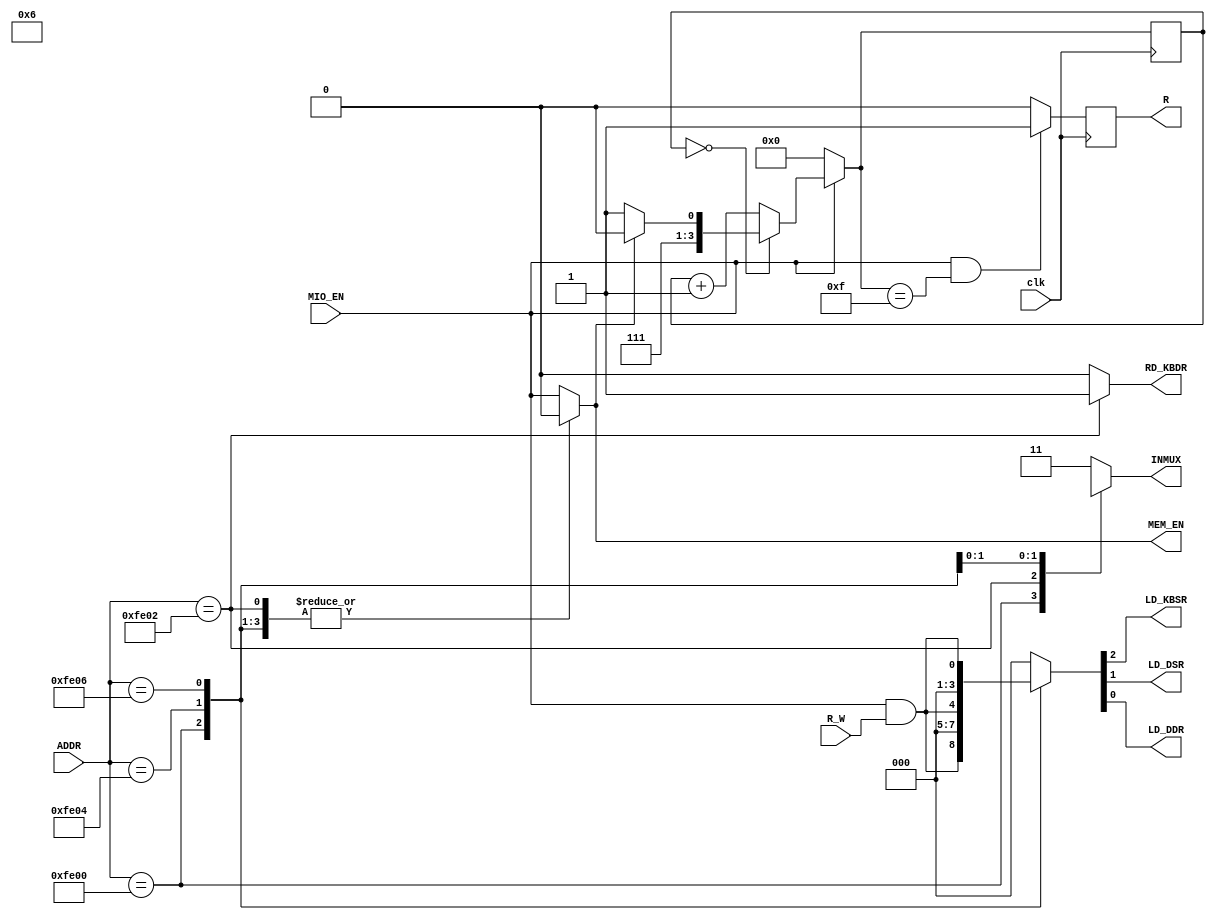
module LC3_MIO_ADDRCTL(
		input						clk,
		input			[15:0]	ADDR,
		input						MIO_EN,
		input						R_W,
		
		output	reg[1:0]		INMUX,
		output	reg			MEM_EN,
		output	reg			LD_KBSR,
		output	reg			LD_DSR,
		output	reg			LD_DDR,
		output	reg			RD_KBDR,
		output	reg			R
		
    );
		wire		WR;
		assign	WR=MIO_EN&R_W;
		parameter	
			ADDR_KBSR=16'hfe00,
			ADDR_KBDR=16'hfe02,
			ADDR_DSR= 16'hfe04,
			ADDR_DDR= 16'hfe06;
		always@(*) begin
			case (ADDR)
				ADDR_KBSR:
					begin
						INMUX=2'b00;
						{LD_KBSR,LD_DSR,LD_DDR}={WR,1'b0,1'b0};
						MEM_EN=1'b0;
						RD_KBDR=1'b0;
					end
				ADDR_KBDR:
					begin
						INMUX=2'b01;
						{LD_KBSR,LD_DSR,LD_DDR}=3'b0;
						MEM_EN=1'b0;
						RD_KBDR=1'b1;
					end
				ADDR_DSR:
					begin
						INMUX=2'b10;
						{LD_KBSR,LD_DSR,LD_DDR}={1'b0,WR,1'b0};
						MEM_EN=1'b0;
						RD_KBDR=1'b0;
					end
				ADDR_DDR:
					begin
						INMUX=2'bxx;
						{LD_KBSR,LD_DSR,LD_DDR}={1'b0,1'b0,WR};
						MEM_EN=1'b0;
						RD_KBDR=1'b0;
					end
				default:
					begin
						INMUX=2'b11;
						{LD_KBSR,LD_DSR,LD_DDR}=3'b0;
						MEM_EN=MIO_EN;
						RD_KBDR=1'b0;
					end
			endcase
		end
					
/*READY	SIGNAL*/
		reg	[3:0]		cs;
		reg	[3:0]		ns;
		always@(*)	begin
			if(!MIO_EN)
				ns=4'd0;
			else if(cs==0)	begin
				if(MEM_EN)
					ns=4'd14;
				else
					ns=4'd15;
			end
			else 
				ns=cs+1;
		end
		
		always@(posedge	clk)	begin
			cs<=ns;
		end
		
		always@(posedge	clk)	begin
			if(MIO_EN&(ns==4'd15))
				R<=1'b1;
			else
				R<=1'b0;
		end	


endmodule